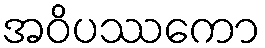
အဝိပဿကော